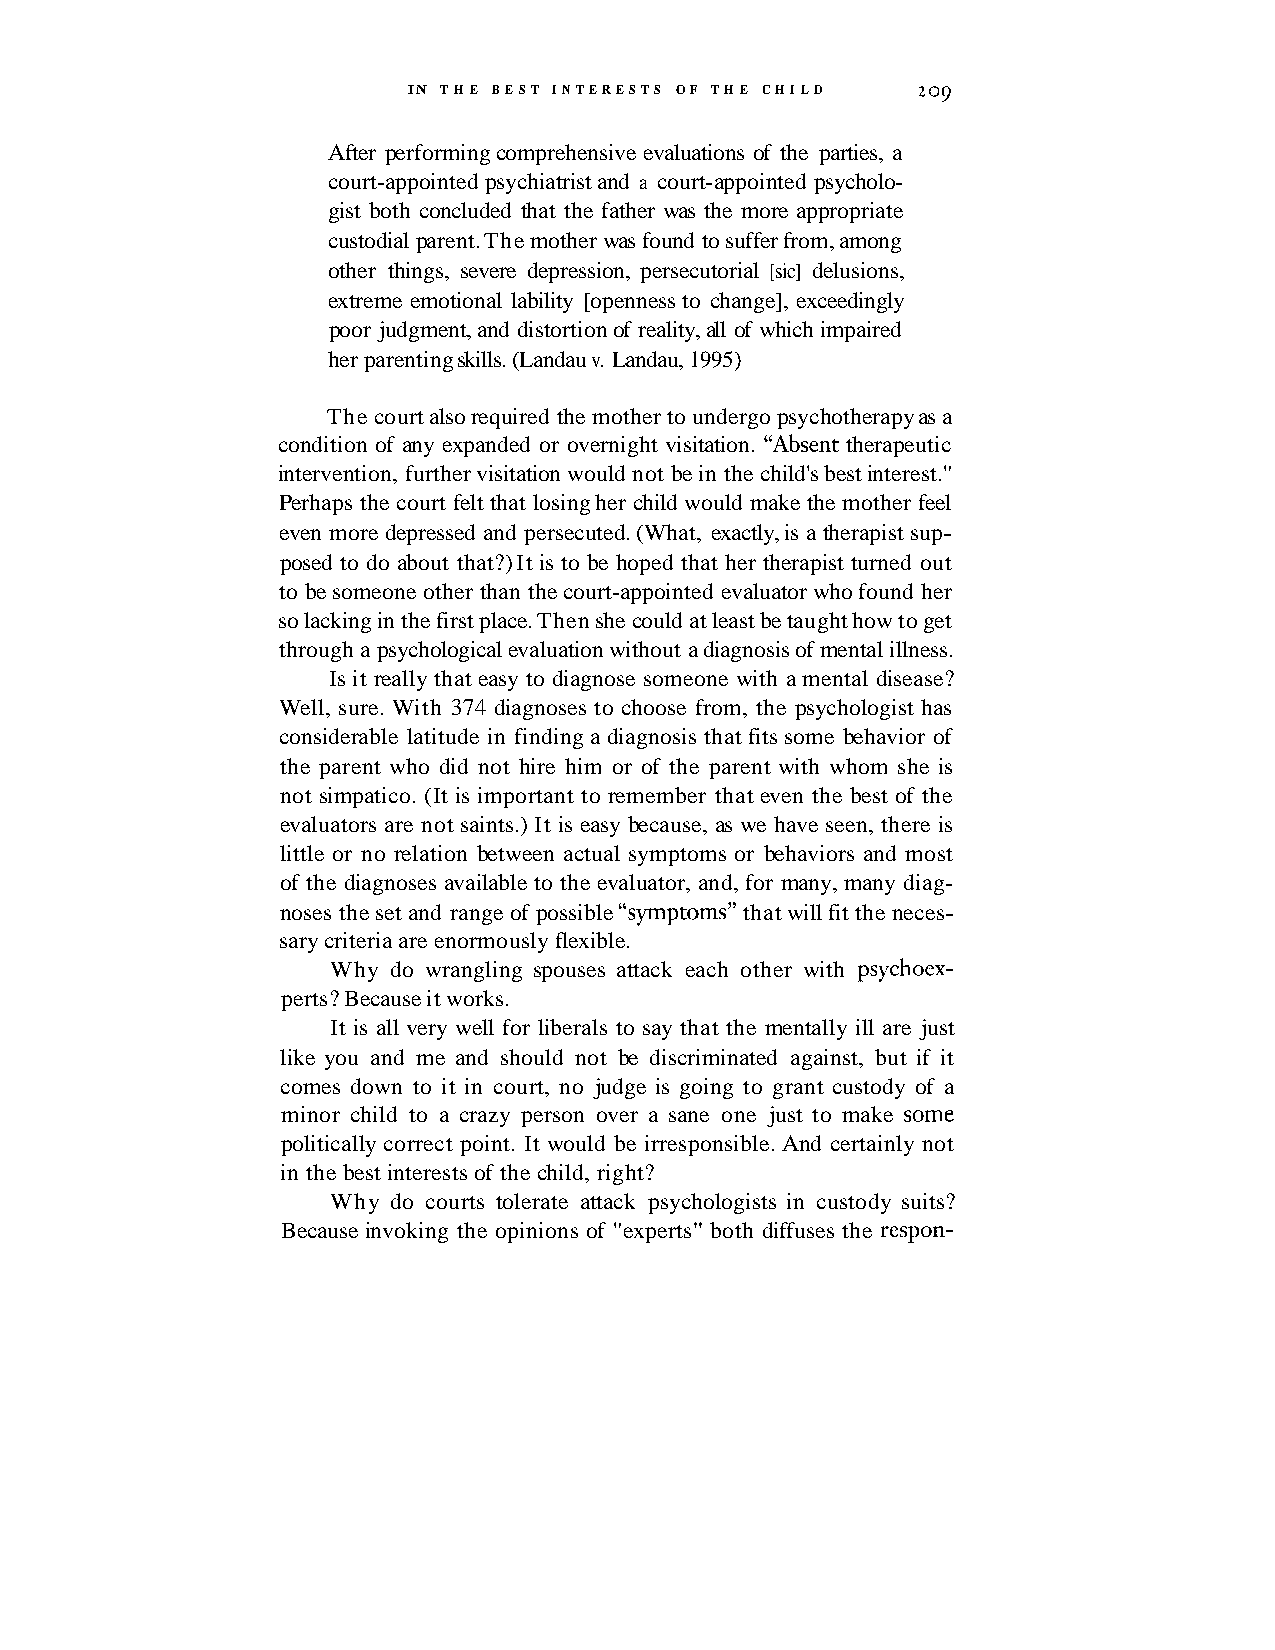
IN T H E BEST INTERESTS OF THE CHILD 209
 After performing comprehensive evaluations of the parties, a
 court-appointed psychiatrist and a court-appointed psycholo-
 gist both concluded that the father was the more appropriate
 custodial parent. The mother was found to suffer from, among
 other things, severe depression, persecutorial [sic] delusions,
 extreme emotional lability [openness to change], exceedingly
 poor judgment, and distortion of reality, all of which impaired
 her parenting skills. (Landau v. Landau, 1995)
 The court also required the mother to undergo psychotherapy as a
 condition of any expanded or overnight visitation. "Absent therapeutic
 intervention, further visitation would not be in the child's best interest."
 Perhaps the court felt that losing her child would make the mother feel
 even more depressed and persecuted. (What, exactly, is a therapist sup-
 posed to do about that?) It is to be hoped that her therapist turned out
 to be someone other than the court-appointed evaluator who found her
 so lacking in the first place. Then she could at least be taught how to get
 through a psychological evaluation without a diagnosis of mental illness.
 Is it really that easy to diagnose someone with a mental disease?
 Well, sure. With 374 diagnoses to choose from, the psychologist has
 considerable latitude in finding a diagnosis that fits some behavior of
 the parent who did not hire him or of the parent with whom she is
 not simpatico. (It is important to remember that even the best of the
 evaluators are not saints.) It is easy because, as we have seen, there is
 little or no relation between actual symptoms or behaviors and most
 of the diagnoses available to the evaluator, and, for many, many diag-
 noses the set and range of possible "symptoms" that will fit the neces-
 sary criteria are enormously flexible.
 Why do wrangling spouses attack each other with psychoex-
 perts? Because it works.
 It is all very well for liberals to say that the mentally ill are just
 like you and me and should not be discriminated against, but if it
 comes down to it in court, no judge is going to grant custody of a
 minor child to a crazy person over a sane one just to make some
 politically correct point. It would be irresponsible. And certainly not
 in the best interests of the child, right?
 Why do courts tolerate attack psychologists in custody suits?
 Because invoking the opinions of "experts" both diffuses the respon-